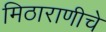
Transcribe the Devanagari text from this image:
मिठाराणीचे